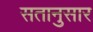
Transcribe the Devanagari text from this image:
सतानुसार